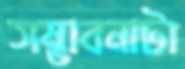
সম্ভাবনাটা